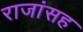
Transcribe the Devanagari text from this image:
राजांसह